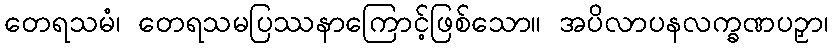
တေရသမံ၊ တေရသမပြဿနာကြောင့်ဖြစ်သော။ အပိလာပနလက္ခဏပဉှာ၊